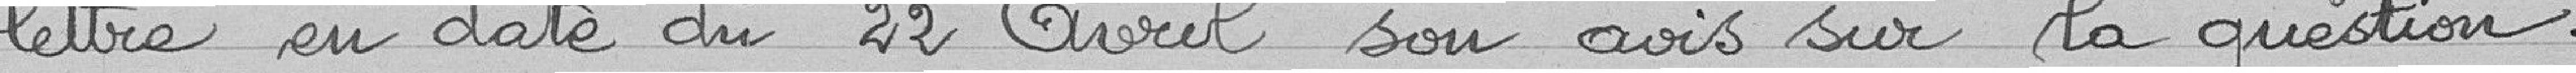
lettre en date du 22 avril son avis sur la question.